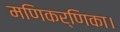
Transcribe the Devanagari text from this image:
मणिकर्णिका।